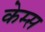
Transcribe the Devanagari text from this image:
केम्स